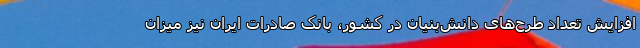
افزایش تعداد طرح‌های دانش‌بنیان در کشور، بانک صادرات ایران نیز میزان